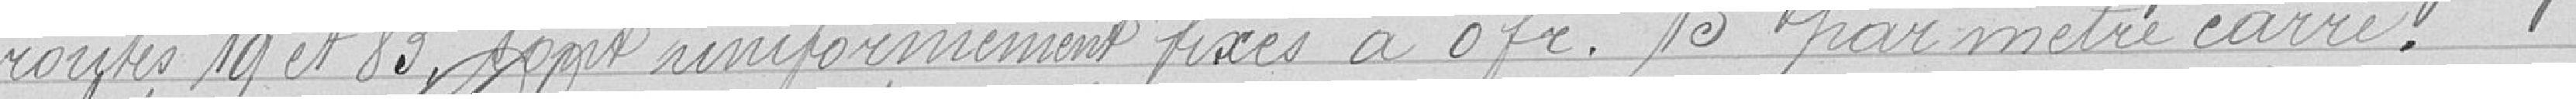
routes 19 et 83, sont uniformément fixés à 0 franc 15 par mètre carré.